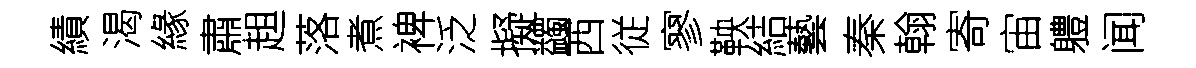
績渴緣肅趄落煮裨泛擬蠲西従寥鞅結藝秦翰寄宙軆闻